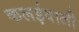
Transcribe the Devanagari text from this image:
कलईवाली